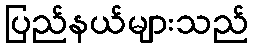
ပြည်နယ်များသည်